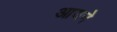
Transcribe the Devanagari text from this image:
आयने